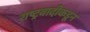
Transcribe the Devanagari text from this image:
राष्ट्रवादीकडून